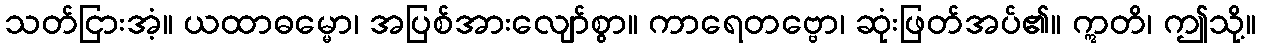
သတ်ငြားအံ့။ ယထာဓမ္မော၊ အပြစ်အားလျော်စွာ။ ကာရေတဗ္ဗော၊ ဆုံးဖြတ်အပ်၏။ ဣတိ၊ ဤသို့။